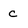
Character: c